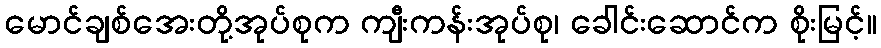
မောင်ချစ်အေးတို့အုပ်စုက ကျီးကန်းအုပ်စု၊ ခေါင်းဆောင်က စိုးမြင့်။